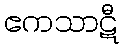
ဧကသာဋီ